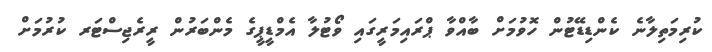
ކުރިމަތިލާނެ ކެންޑިޑޭޓުން ހޮވުމަށް ބާއްވާ ޕްރައިމަރީގައި ވޯޓުލާ އެމްޑީޕީގެ މެންބަރުން ރީރެޖިސްޓަރ ކުރުމަށް